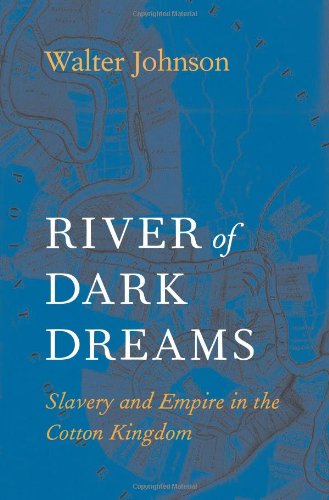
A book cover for River of Dark Dreams: Slavery and Empire in the Cotton Kingdom; Walter Johnson; Business & Money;